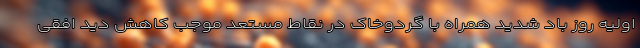
اولیه روز باد شدید همراه با گردوخاک در نقاط مستعد موجب کاهش دید افقی